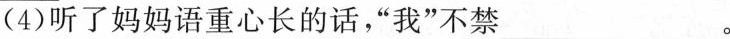
(4)听了妈妈语重心长的话，”我”不禁 ___。